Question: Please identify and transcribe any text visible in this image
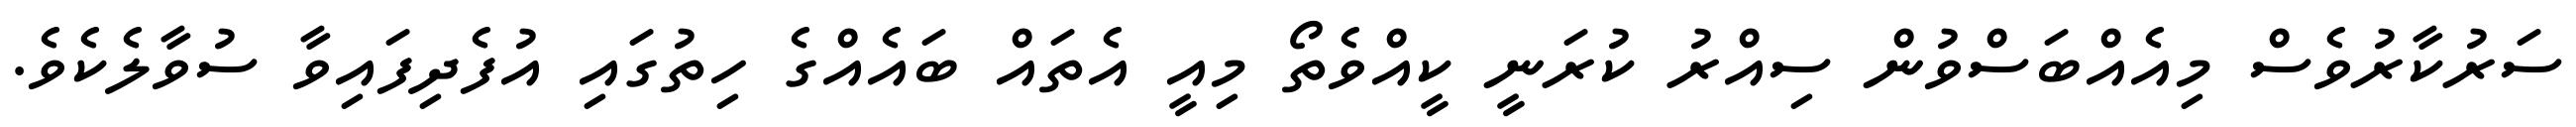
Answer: ސަރުކާރުވެސް މިއެއްބަސްވުން ސިއްރު ކުރަނީ ކީއްވެތޯ މިއީ އެތައް ބައެއްގެ ހިތުގައި އުފެދިފައިވާ ސުވާލެކެވެ.